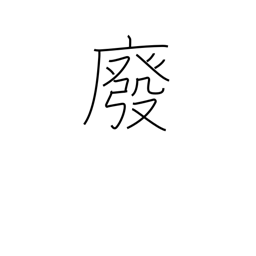
Meaning: abrogate